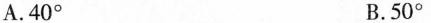
A.40° B.50°